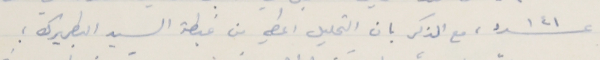
عدد ١٤١، مع الذكر بان التحليل اعطي من غبطة السيد البطريرك ؛